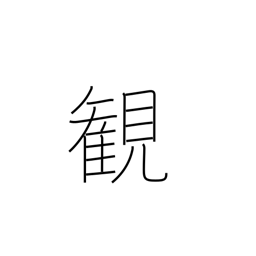
Meaning: view